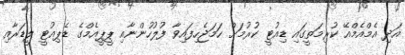
އަދި އެމްއެމްއޭ ކުރިމަތީގައި ޑިއުޓީ ކުރުމަށް ހަމަޖެހިފައިވާ ފުލުހުންނާއި ޕީޕީއެމްގެ ޑެޕިއުޓީ ލީޑަރާއި